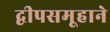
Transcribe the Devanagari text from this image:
द्वीपसमूहाने